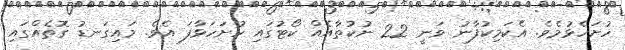
ހުށަހެޅުމެވެ. އެކަމިކުފާނު ވަނީ 22 ނުކުތާއެއް ކޯޓުގައި ހުށަހަޅާފަ އެވެ. މައިގަނޑު ގޮތެއްގައި